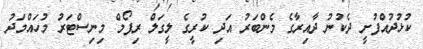
ކުޅުދުއްފުށީ ދެކުނު ދާއިރާގެ މެންބަރު އަދި ކުރީގެ ލީގަލް ރިފޯމް މިނިސްޓަރު މުހައްމަދު